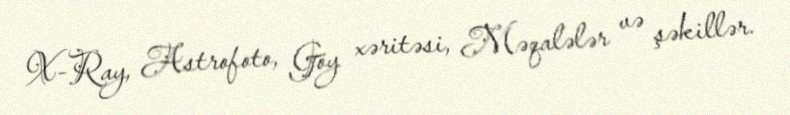
X-Ray, Astrofoto, Göy xəritəsi, Məqalələr və şəkillər.